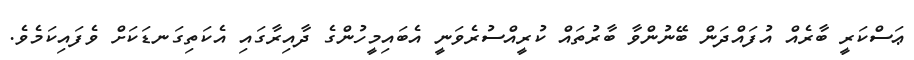
ޢަސްކަރީ ބާރެއް އުފައްދަން ބޭނުންވާ ބާރުތައް ކުރީއްސުރެވަނީ އެބައިމީހުންގެ ދާއިރާގައި އެކަތިގަނޑަކަށް ވެފައިކަމެވެ.